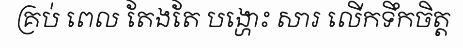
គ្រប់ ពេល តែងតែ បង្ហោះ សារ លើកទឹកចិត្ត